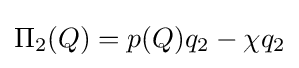
\Pi _{2}(Q)=p(Q)q_{2}-\chi q_{2}